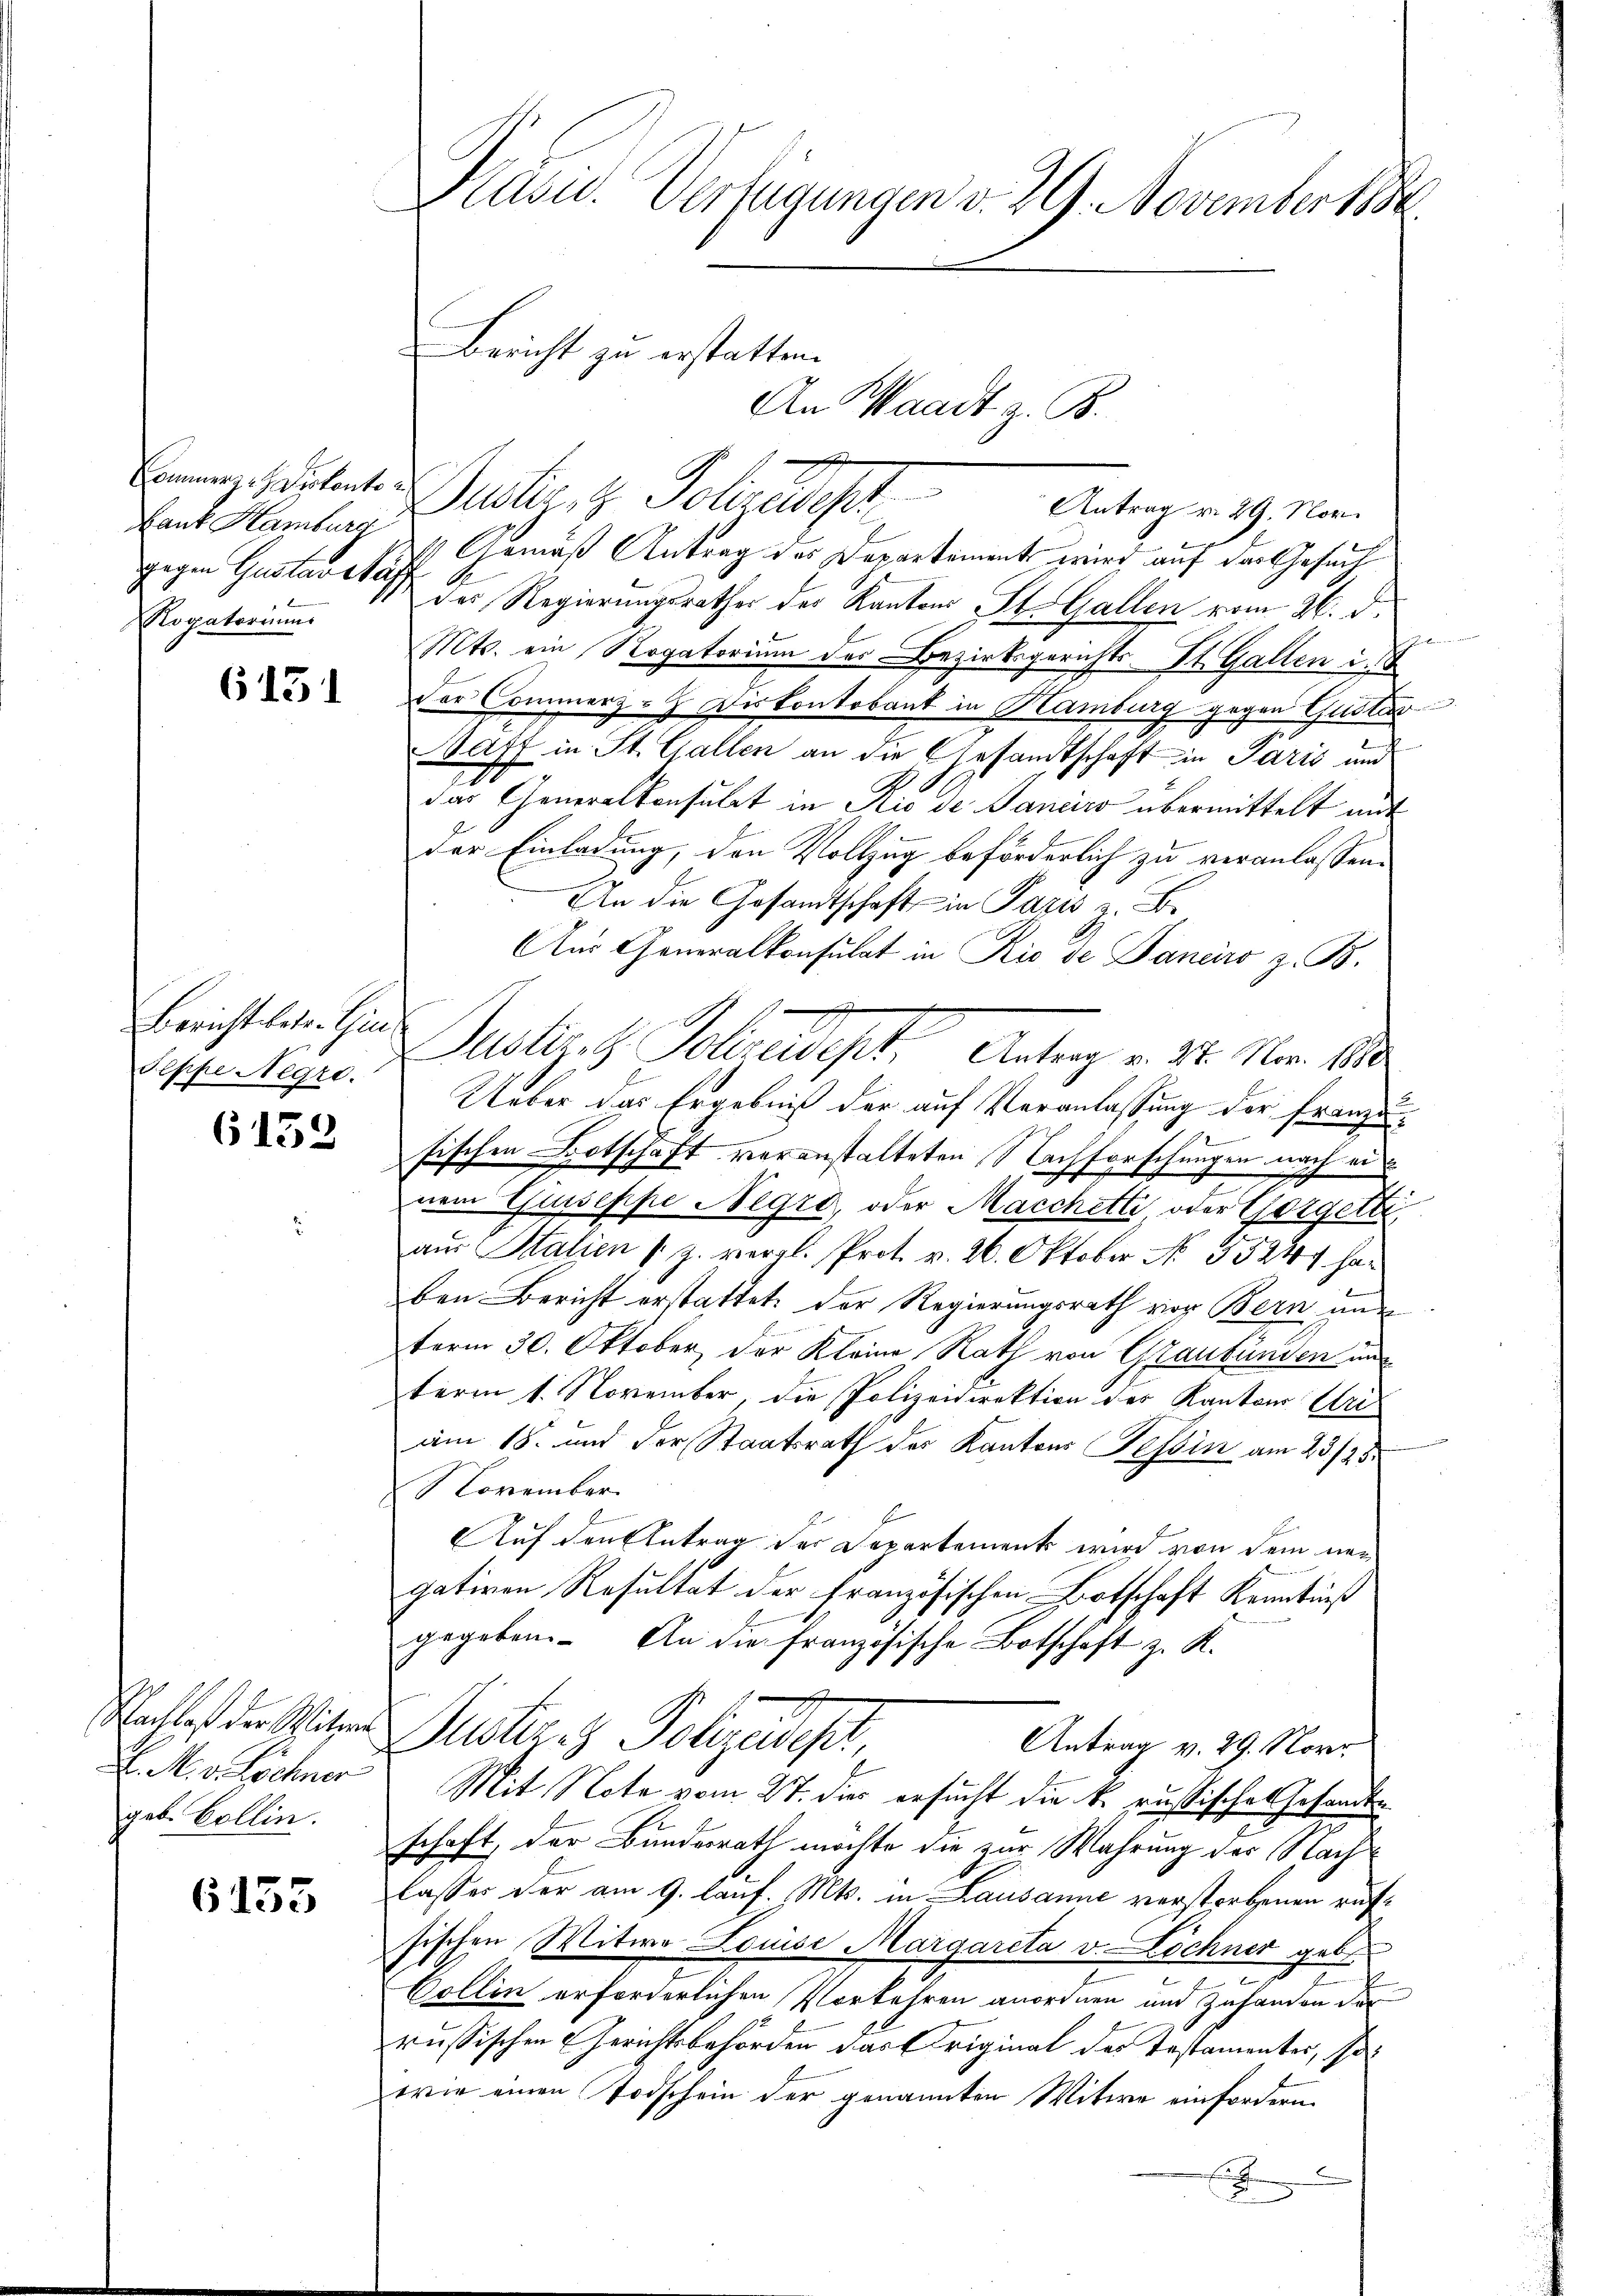
gegen Gustarchaff
Rogatoriums

6131

Bericht betr. Gin
Peppe Negro.

6152

F. M. v. Löchner
geb. Collin.

6135

An Waadt z. B.
Emmen sortente unter z. Polizeidet
Antrag v. 29. Nov.
Lant Hamburg 14 Gemäß Antrag des Departement wird auf das Gesuch
das Regierungsrathes der Kantons St. Gallen vom 26. d.
Mts. ein Rogatorium des Bezirksgerichts-St. Gallen u.
der Commerz-H Diskontobant in Hamburg gegen Gustar
Baff in St. Gallen an die Gesamtschaft in Paris und
sich
das Generalkonsulat in Rio de Jancies übermittelt mit
der Einladung, den Vollzug beförderlich zu veranlassen.
An die Gesandtschaft in Pazis z. B.
Aus Generalkonsulat in Rio de Janeiro z. B.
Deutlich Solandes Antrag v. 26. Mai 1890.
Ueber das Ergebniß der auf Veranlassung der Franz-
fischen Botschaft veranstalteten Nachforschungen nach ei
nem Guseppe Negro, oder Macchetti oder Gorgelt,
aus Salien (z. vergl. Prot. v. 26. Oktober No. 55247 ha
ben Bericht erstattet. Der Regierungsrath von Bern nur
term 30. Oktober, der Kleine Rath von Graubünden und
term 1. November, die Polizeidirektion des Kantons Uriam 18. und der Staatsrath des Kantons Tessin am 23./25.
November.
Auf den Antrag der Departement wird von dem neugativen Resultat der Französischen Botschaft Kenntniß
gegeben. An die französische Botschaft z. K.
Schalles der Witzer Justiz & Polizeidest
Antrag v. 29. Nove
Mit Note vom 27. dies ersucht die k. russisches Gesandte
schaft, der Bundesrath möchte die zur Wahrung des Nachlasser der am 9. lauf. Mts. in Lausanne verstorbenen aufsischen Mitwe Louise Margareta v. Löchner gebe
Collen erforderlichen Vorkehren anordnen und zuhanden der
russischen Gerichtsbehörden das Eriginal des Testamenter, sowie einen Todschein der genannten Witwe einfordern.
.
fu
F

Kasu. Verfügungen d. 29. November 1884.

Bericht zu erstatten.